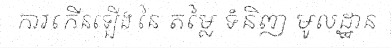
ការកើនឡើង នៃ តម្លៃ ទំនិញ មូលដ្ឋាន